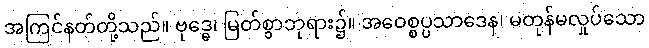
အကြင်နတ်တို့သည်။ ဗုဒ္ဓေ၊ မြတ်စွာဘုရား၌။ အဝေစ္စပ္ပသာဒေန၊ မတုန်မလှုပ်သော